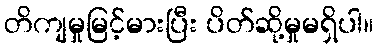
တိကျမှုမြင့်မားပြီး ပိတ်ဆို့မှုမရှိပါ။